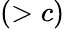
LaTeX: (>c)